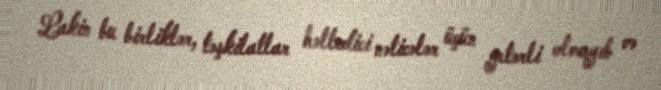
Lakin bu birliklər, təşkilatlar həlledici nəticələr üçün yetərli olmayıb və